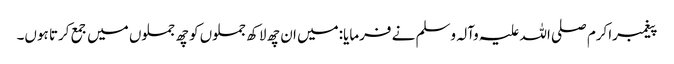
پیغمبراکرم صلی اللہ علیہ وآلہ وسلم نے فرمایا:میں ان چھ لاکھ جملوں کو چھ جملوں میں جمع کرتا ہوں۔